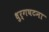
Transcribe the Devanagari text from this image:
धुर्गघटना